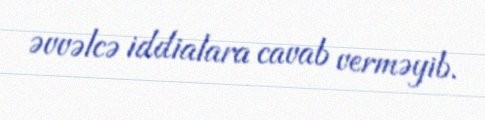
əvvəlcə iddialara cavab verməyib.